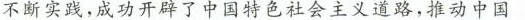
不断实践，成功开辟了中国特色社会主义道路，推动中国